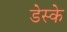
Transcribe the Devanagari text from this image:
डेस्के